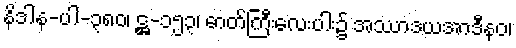
နိဒါန-ပါ-၃၈၀၊ ဋ္ဌ-၁၅၃၊ ဓာတ်ကြီးလေးပါး၌ အဿာဒယအာဒီနဝ၊